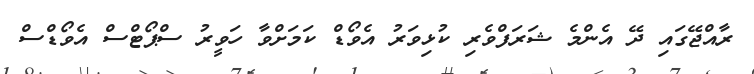
ރާއްޖޭގައި ދޭ އެންމެ ޝަރަފްވެރި ކުޅިވަރު އެވޯޑް ކަމަށްވާ ހަވީރު ސްޕޯޓްސް އެވޯޑްސް